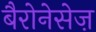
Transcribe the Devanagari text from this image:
बैरोनेसेज़